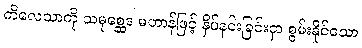
ကိလေသာကို သမုစ္ဆေဒ မဟာန်ဖြင့် နှိပ်နင်းခြင်းငှာ စွမ်းနိုင်သော